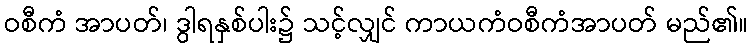
ဝစီကံ အာပတ်၊ ဒွါရနှစ်ပါး၌ သင့်လျှင် ကာယကံဝစီကံအာပတ် မည်၏။